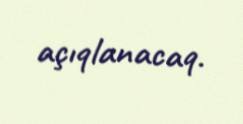
açıqlanacaq.